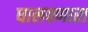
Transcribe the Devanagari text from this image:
घालवणारा